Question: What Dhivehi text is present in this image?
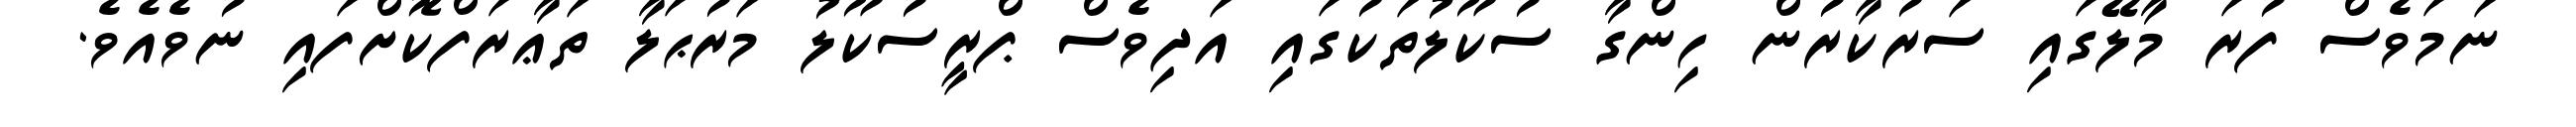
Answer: ނަމަވެސް ފުރަ މާލޭގައި ސަރުކާރުން ހިންގާ ސުކޫލުތަކުގައި އަދިވެސް ޕްރީސުކޫލު މަރުޙަލާ ތަޢާރަފްކޮށްފައި ނުވެއެވެ.